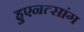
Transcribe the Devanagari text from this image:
हुएनत्सांग